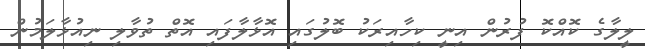
ލީލާގެ ކޮއްކޮ ފުރުން އިނީ ކިހާއިރަކު ބޮލުގައި އޮޅާލާފައި އޮތް ތުވާލި ނިއުޅާލަމުން